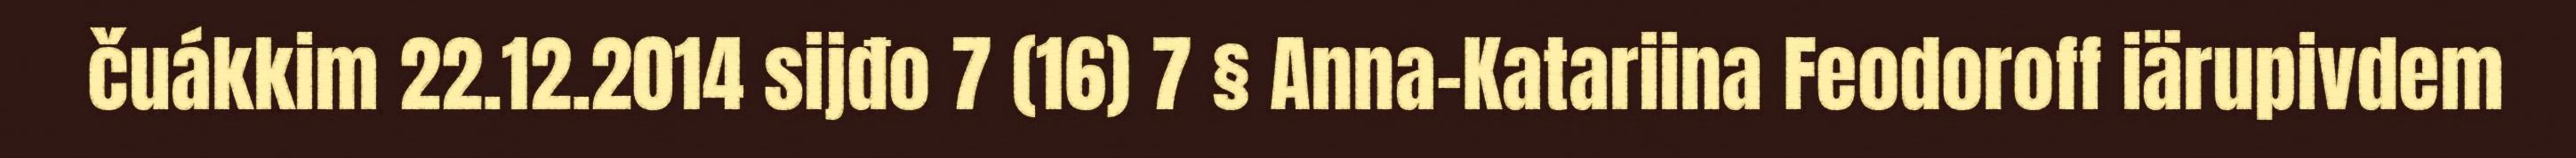
čuákkim 22.12.2014 sijđo 7 (16) 7 § Anna-Katariina Feodoroff iärupivdem